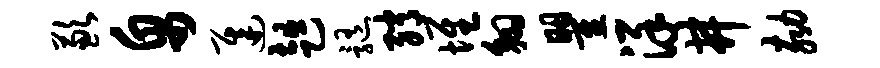
歉帛迟趄髓绡堆翱瞿详井劾